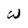
Character: W